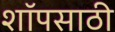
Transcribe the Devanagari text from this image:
शॉपसाठी